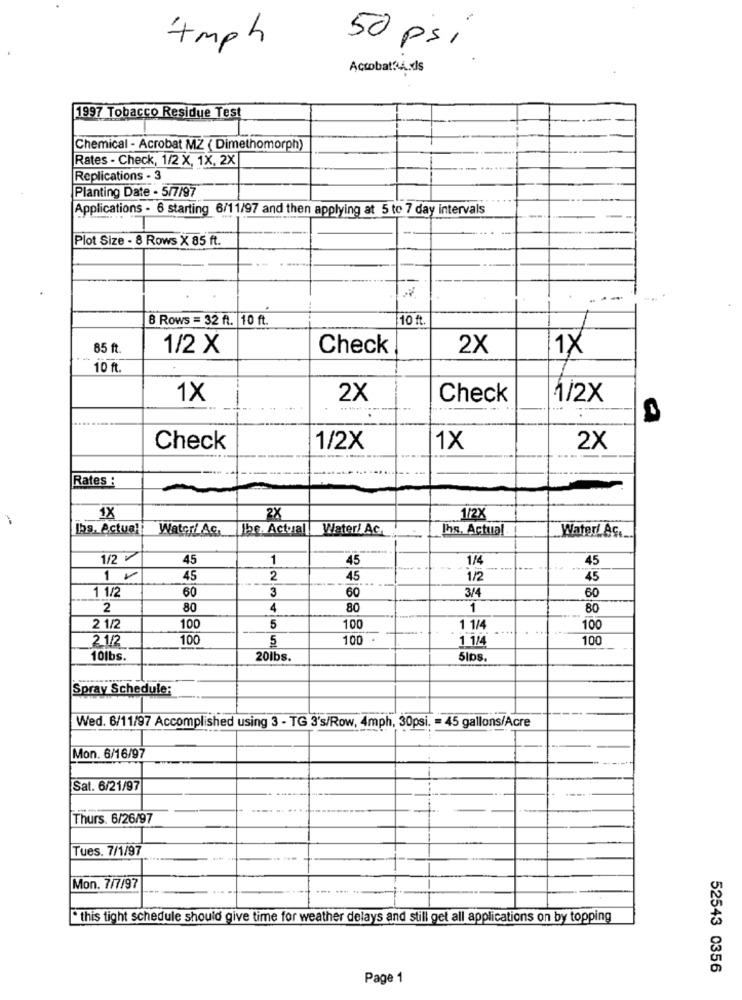
+ mph
50 psi
Actobat.s
1997 Tobacco Residue Test
Chemical - Acrobat MZ ( Dimethomorph)
Rates - Check, 1/2 X, 1X, 2X
Replications - 3
Planting Date - 5/7/97
Applications - 6 starting 6/11/97 and then applying at 5 to 7 day intervals
Plot Size - 8 Rows X 85 ft.
8 Rows = 32 ft. 10 ft.
10 ft.
85 ft
1/2 X
Check
2X
1X
10 ft.
1X
-
2X
Check
1/2X
...
Check
1/2X
1X
2X
Rates :
1X
2X
1/2X
ps. Actual
Water/ Ac.
Ibe. Actual
Water/ Ac.
Ihs. Actual
WaterLAG ..
1/27
45
1
45
1/4
45
1 2
45
2
45
1/2
45
1 1/2
60
3
60
3/4
60
2
80
4
80
1
80
2 1/2
100
5
100
1 1/4
100
2.1/2
100
5
100 .
1 1/4
100
10lbs
20lbs.
5lbs.
Spray Schedule:
Wed. 6/11/97 Accomplished using 3 - TG 3's/Row, 4mph, 30psi. = 45 gallons/Acre
Mon. 6/16/97
Sat. 6/21/97
Thurs. 6/26/97
Tues. 7/1/97
Mon. 7/7/97
this tight schedule should give time for weather delays and still get all applications on by topping
52543 0356
Page 1